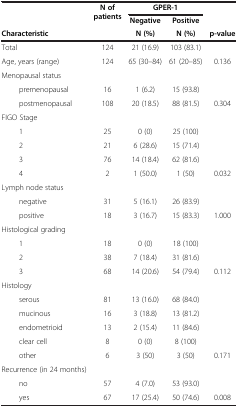
<table><thead><tr><td rowspan="3"><b>Characteristic</b></td><td rowspan="3"><b>N of patients</b></td><td colspan="2"><b>GPER-1</b></td><td rowspan="3"><b>p-value</b></td></tr><tr><td><b>Negative</b></td><td><b>Positive</b></td></tr><tr><td><b>N (%)</b></td><td><b>N (%)</b></td></tr></thead><tbody><tr><td>Total</td><td>124</td><td>21 (16.9)</td><td>103 (83.1)</td><td> </td></tr><tr><td>Age, years (range)</td><td>124</td><td>65 (30–84)</td><td>61 (20–85)</td><td>0.136</td></tr><tr><td>Menopausal status</td><td> </td><td> </td><td> </td><td> </td></tr><tr><td>premenopausal</td><td>16</td><td>1 (6.2)</td><td>15 (93.8)</td><td> </td></tr><tr><td>postmenopausal</td><td>108</td><td>20 (18.5)</td><td>88 (81.5)</td><td>0.304</td></tr><tr><td>FIGO Stage</td><td> </td><td> </td><td> </td><td> </td></tr><tr><td>1</td><td>25</td><td>0 (0)</td><td>25 (100)</td><td> </td></tr><tr><td>2</td><td>21</td><td>6 (28.6)</td><td>15 (71.4)</td><td> </td></tr><tr><td>3</td><td>76</td><td>14 (18.4)</td><td>62 (81.6)</td><td> </td></tr><tr><td>4</td><td>2</td><td>1 (50.0)</td><td>1 (50)</td><td>0.032</td></tr><tr><td>Lymph node status</td><td> </td><td> </td><td> </td><td> </td></tr><tr><td>negative</td><td>31</td><td>5 (16.1)</td><td>26 (83.9)</td><td> </td></tr><tr><td>positive</td><td>18</td><td>3 (16.7)</td><td>15 (83.3)</td><td>1.000</td></tr><tr><td>Histological grading</td><td> </td><td> </td><td> </td><td> </td></tr><tr><td>1</td><td>18</td><td>0 (0)</td><td>18 (100)</td><td> </td></tr><tr><td>2</td><td>38</td><td>7 (18.4)</td><td>31 (81.6)</td><td> </td></tr><tr><td>3</td><td>68</td><td>14 (20.6)</td><td>54 (79.4)</td><td>0.112</td></tr><tr><td>Histology</td><td> </td><td> </td><td> </td><td> </td></tr><tr><td>serous</td><td>81</td><td>13 (16.0)</td><td>68 (84.0)</td><td> </td></tr><tr><td>mucinous</td><td>16</td><td>3 (18.8)</td><td>13 (81.2)</td><td> </td></tr><tr><td>endometrioid</td><td>13</td><td>2 (15.4)</td><td>11 (84.6)</td><td> </td></tr><tr><td>clear cell</td><td>8</td><td>0 (0)</td><td>8 (100)</td><td> </td></tr><tr><td>other</td><td>6</td><td>3 (50)</td><td>3 (50)</td><td>0.171</td></tr><tr><td>Recurrence (in 24 months)</td><td> </td><td> </td><td> </td><td> </td></tr><tr><td>no</td><td>57</td><td>4 (7.0)</td><td>53 (93.0)</td><td> </td></tr><tr><td>yes</td><td>67</td><td>17 (25.4)</td><td>50 (74.6)</td><td>0.008</td></tr></tbody></table>